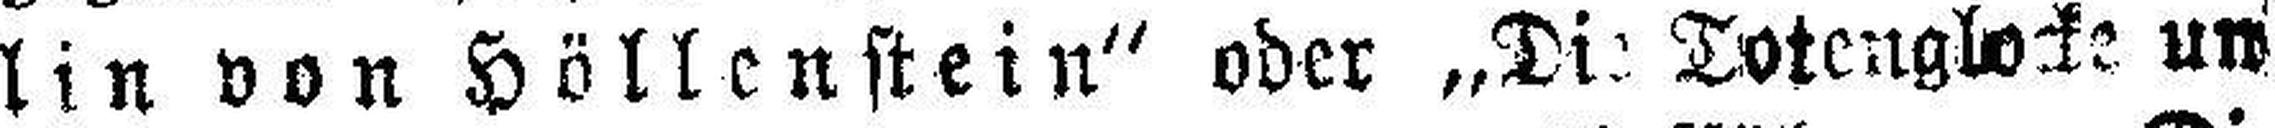
lin von Höllenstein“ oder „Die Totenglocke um